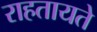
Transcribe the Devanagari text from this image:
राहतायते